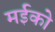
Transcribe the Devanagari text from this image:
मईको